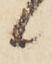
候